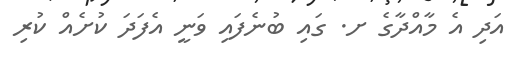
އަދި އެ މާއްދާގެ ށ. ގައި ބުނެފައި ވަނީ އެފަދަ ކުށެއް ކުރި